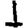
Digit: 1